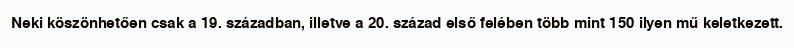
Neki köszönhetően csak a 19. században, illetve a 20. század első felében több mint 150 ilyen mű keletkezett.